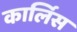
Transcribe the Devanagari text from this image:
कार्लिस